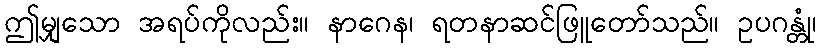
ဤမျှသော အရပ်ကိုလည်း။ နာဂေန၊ ရတနာဆင်ဖြူတော်သည်။ ဥပဂန္တုံ၊